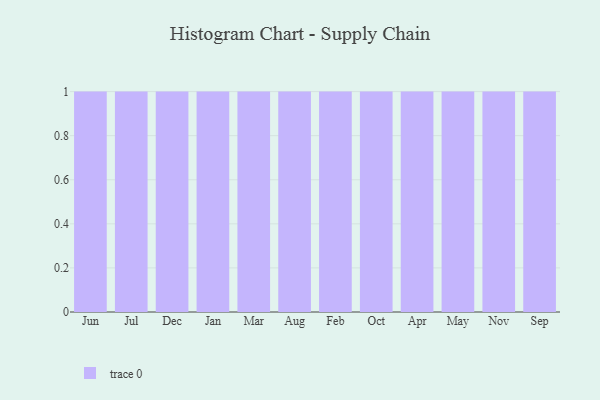
{"axis": {"x": "Month", "y": "Energy Usage (MWh)"}, "legend": [""], "data": [{"x": "Jun", "y": 13, "type": ""}, {"x": "Jul", "y": 53, "type": ""}, {"x": "Dec", "y": 84, "type": ""}, {"x": "Jan", "y": 44, "type": ""}, {"x": "Mar", "y": 50, "type": ""}, {"x": "Aug", "y": 52, "type": ""}, {"x": "Feb", "y": 45, "type": ""}, {"x": "Oct", "y": 87, "type": ""}, {"x": "Apr", "y": 44, "type": ""}, {"x": "May", "y": 47, "type": ""}, {"x": "Nov", "y": 31, "type": ""}, {"x": "Sep", "y": 29, "type": ""}]}